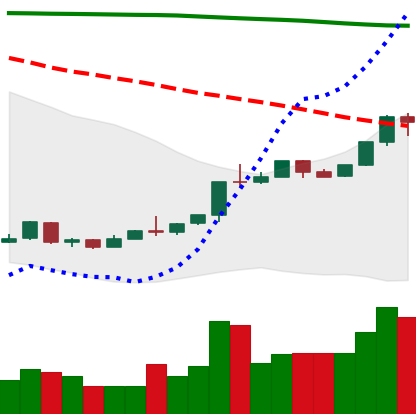
Ticker: ETH-USD
Chart end date: 2018-04-21
Forward return: 9.484%
Label: up_7plus